Report on the lunatic asylums under the Government of Bombay - 1904-1913
Year: 1904
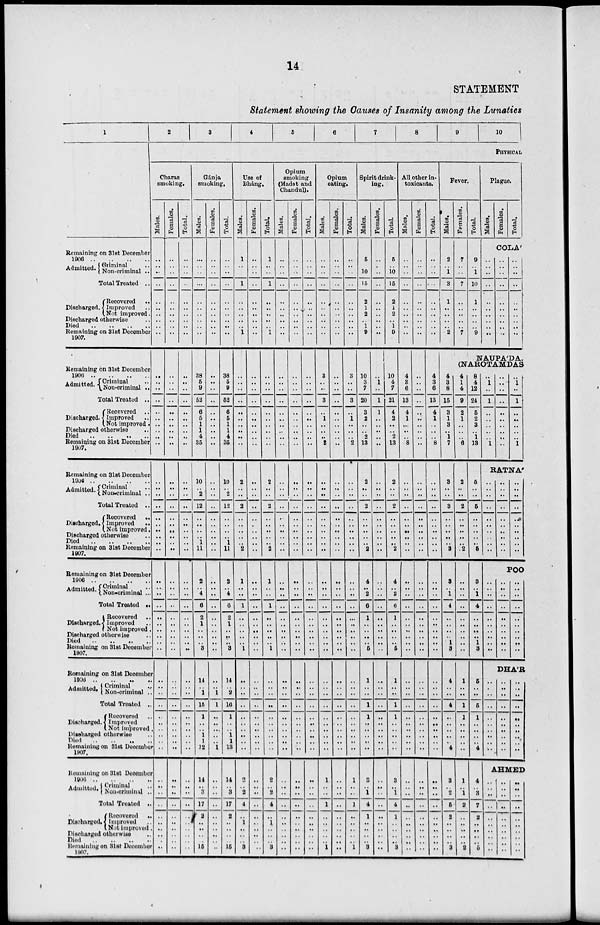
14
STATEMENT
Statement showing the Causes of Insanity among the Lunatics
1
Remaining on 31st December
1906
..
..
..
..
Admitted. Criminal ..
Non-criminal ..
Total Treated ..
Discharged.
Recovered ..
Improved ..
Not improved.
Discharged otherwise ..
Died
..
..
..
..
Remaining on 31st December
1907.
Remaining on 31st December
1906
..
..
..
..
Admitted. Criminal ..
Non-criminal ..
Total Treated ..
Discharged.
Recovered ..
Improved ..
Not improved.
Discharged otherwise ..
Died .. .. .. ..
Remaining on 31st December
1907.
Remaining on 31st December
1906
..
..
..
..
Admitted. Criminal ..
Non-criminal ..
Total Treated ..
Discharged.
Recovered ..
Improved ..
Not improved.
Discharged otherwise ..
Died .. .. .. ..
Remaining on 31st December
1907.
Remaining on 31st December
Admitted. Criminal ..
Non-criminal ...
Total Treated ..
Discharged.
Recovered ..
Improved ..
Not Improved.
Discharged otherwise ..
Died .. .. .. ..
Remaining on 31st December
1907.
Remaining on 31st December
Admitted. Criminal
..
Non-criminal ..
Total Treated ..
Discharged.
Recovered ..
Improved
Not improved
Discharged otherwise ..
Died .. .. .. ..
Remaining on 31st December
1907.
Remaining on 31st December
1906
..
..
..
..
Admitted. Criminal ..
Non-criininal ..
Total Treated ..
Discharged.
Recovered ..
Improved ..
Not improved ..
Discharged otherwise ..
Died .. .. .. ..
Remaining on 31st December
1907.
2
3
4
5
6
7
8
9
10
PHYSICAL
Charas
smoking.
Males.
..
..
..
..
..
..
..
..
..
..
..
..
..
..
..
..
..
..
..
..
..
..
..
..
..
..
..
..
..
..
..
..
..
..
..
..
..
..
..
..
..
..
..
..
..
..
..
..
..
..
..
..
..
..
..
..
..
..
..
..
Females.
..
..
..
..
..
..
..
..
..
..
..
..
..
..
..
..
..
..
..
..
..
..
..
..
..
..
..
..
..
..
..
..
..
..
..
..
..
..
..
..
..
..
..
..
..
..
..
..
..
..
..
..
..
..
..
..
..
..
..
..
Total.
..
..
..
..
..
..
..
..
..
..
..
..
..
..
..
..
..
..
..
..
..
..
..
..
..
..
..
..
..
..
..
..
..
..
..
..
..
..
..
..
..
..
..
..
..
..
..
..
..
..
..
..
..
..
..
..
..
..
..
..
Gánja
smoking.
Males.
..
..
..
..
..
..
..
..
..
..
38
5
9
52
6
5
1
1
4
35
10
..
2
12
..
..
..
..
1
11
2
..
4
6
2
1
..
..
..
3
14
..
1
15
1
..
..
1
1
12
14
..
3
17
2
..
..
..
..
15
Females.
..
..
..
..
..
..
..
..
..
..
..
..
..
..
..
..
..
..
..
..
..
..
..
..
..
..
..
..
..
..
..
..
..
..
..
..
..
..
..
..
..
..
1
1
..
..
..
..
..
1
..
..
..
..
..
..
..
..
..
..
Total.
..
..
..
..
..
..
..
..
..
..
38
5
9
52
6
5
1
1
4
35
10
..
2
12
..
..
..
..
1
11
2
..
4
6
2
1
..
..
..
3
14
..
2
16
1
..
..
1
1
13
14
..
3
17
2
..
..
..
..
15
Use of
Bháng.
Males.
1
..
..
1
..
..
..
..
..
1
..
..
..
..
..
..
..
..
..
..
2
..
..
2
..
..
..
..
..
2
1
..
..
1
..
..
..
..
..
1
..
..
..
..
..
..
..
..
..
..
2
..
2
4
..
1
..
..
..
3
Females.
..
..
..
..
..
..
..
..
..
..
..
..
..
..
..
..
..
..
..
..
..
..
..
..
..
..
..
..
..
..
..
..
..
..
..
..
..
..
..
..
..
..
..
..
..
..
..
..
..
..
..
..
..
..
..
..
..
..
..
..
Total.
1
..
..
1
..
..
..
..
..
1
..
..
..
..
..
..
..
..
..
..
2
..
..
2
..
..
..
..
..
2
1
..
..
1
..
..
..
..
..
1
..
..
..
..
..
..
..
..
..
..
2
..
2
4
..
1
..
..
..
3
Opium
smoking
(Madat and
Chandul).
Males.
..
..
..
..
..
..
..
..
..
..
..
..
..
..
..
..
..
..
..
..
..
..
..
..
..
..
..
..
..
..
..
..
..
..
..
..
..
..
..
..
..
..
..
..
..
..
..
..
..
..
..
..
..
..
..
..
..
..
..
..
Females.
..
..
..
..
..
..
..
..
..
..
..
..
..
..
..
..
..
..
..
..
..
..
..
..
..
..
..
..
..
..
..
..
..
..
..
..
..
..
..
..
..
..
..
..
..
..
..
..
..
..
..
..
..
..
..
..
..
..
..
..
Total.
..
..
..
..
..
..
..
..
..
..
..
..
..
..
..
..
..
..
..
..
..
..
..
..
..
..
..
..
..
..
..
..
..
..
..
..
..
..
..
..
..
..
..
..
..
..
..
..
..
..
..
..
..
..
..
..
..
..
..
..
Opium
eating.
Males.
..
..
..
..
..
..
..
..
..
..
3
..
..
3
..
1
..
..
..
2
..
..
..
..
..
..
..
..
..
..
..
..
..
..
..
..
..
..
..
..
..
..
..
..
..
..
..
..
..
..
1
..
..
1
..
..
..
..
..
1
Females.
..
..
..
..
..
..
..
..
..
..
..
..
..
..
..
..
..
..
..
..
..
..
..
..
..
..
..
..
..
..
..
..
..
..
..
..
..
..
..
..
..
..
..
..
..
..
..
..
..
..
..
..
..
..
..
..
..
..
..
..
Total.
..
..
..
..
..
..
..
..
..
..
3
..
..
3
..
1
..
..
..
2
..
..
..
..
..
..
..
..
..
..
..
..
..
..
..
..
..
..
..
..
..
..
..
..
..
..
..
..
..
..
1
..
..
1
..
..
..
..
..
1
Spirit drink-
ing.
Males.
5
..
10
15
2
1
2
..
1
9
10
3
7
20
3
2
..
..
2
13
2
..
..
2
..
..
..
..
..
2
4
..
2
6
1
..
..
..
..
5
1
..
..
1
1
..
..
..
..
..
3
..
1
4
1
..
..
..
..
3
Females.
..
..
..
..
..
..
..
..
..
..
..
1
..
1
1
..
..
..
..
..
..
..
..
..
..
..
..
..
..
..
..
..
..
..
..
..
..
..
..
..
..
..
..
..
..
..
..
..
..
..
..
..
..
..
..
..
..
..
..
..
Total.
5
..
10
15
2
1
2
..
1
9
10
4
7
21
4
2
..
..
2
13
2
..
..
2
..
..
..
..
..
2
4
..
2
6
1
..
..
..
..
5
1
..
..
1
1
..
..
..
..
..
3
..
1
4
1
..
..
..
..
3
All other in-
toxicants.
Males.
..
..
..
..
..
..
..
..
..
..
4
3
6
13
4
1
..
..
..
8
..
..
..
..
..
..
..
..
..
..
..
..
..
..
..
..
..
..
..
..
..
..
..
..
..
..
..
..
..
..
..
..
..
..
..
..
..
..
..
..
Females.
..
..
..
..
..
..
..
..
..
..
..
..
..
..
..
..
..
..
..
..
..
..
..
..
..
..
..
..
..
..
..
..
..
..
..
..
..
..
..
..
..
..
..
..
..
..
..
..
..
..
..
..
..
..
..
..
..
..
..
..
Total.
..
..
..
..
..
..
..
..
..
..
4
3
6
13
4
1
..
..
..
8
..
..
..
..
..
..
..
..
..
..
..
..
..
..
..
..
..
..
..
..
..
..
..
..
..
..
..
..
..
..
..
..
..
..
..
..
..
..
..
..
Fever.
Males.
2
..
1
3
1
..
..
..
..
2
4
3
8
15
3
1
3
..
1
7
3
..
..
3
..
..
..
..
..
3
3
..
1
4
..
..
..
..
1
3
4
..
..
4
..
..
..
..
..
4
3
..
2
5
2
..
..
..
..
3
Females.
7
..
..
7
..
..
..
..
..
7
Total.
9
..
1
10
1
..
..
..
..
9
Plague.
Males.
Females.
Total.
COLA'
..
..
..
..
..
..
..
..
..
..
..
..
..
..
..
..
..
..
..
..
..
..
..
..
..
..
..
..
..
..
NAUPÁDA.
(NAROTAMDAS
4
1
4
9
2
1
..
..
..
6
2
..
..
2
..
..
..
..
..
2
..
..
..
..
..
..
..
..
..
..
1
..
..
1
1
..
..
..
..
..
1
..
1
2
..
..
..
..
..
2
8
4
12
24
5
2
3
..
1
13
5
..
..
5
..
..
..
..
..
5
3
..
1
4
..
..
..
..
1
3
5
..
..
5
1
..
..
..
..
4
4
..
3
7
2
..
..
..
..
5
..
1
..
1
..
..
..
..
..
1
..
..
..
..
..
..
..
..
..
..
..
1
..
1
..
..
..
..
..
1
RATNÁ
..
..
..
..
..
..
..
..
..
..
..
..
..
..
..
..
..
..
..
..
..
..
..
..
..
..
..
..
..
..
..
..
..
..
..
..
..
..
..
..
..
..
..
..
..
..
..
..
..
..
POO
..
..
..
..
..
..
..
..
..
..
..
..
..
..
..
..
..
..
..
..
DHÁR
..
..
..
..
..
..
..
..
..
..
..
..
..
..
..
..
..
..
..
..
AHMED
..
..
..
..
..
..
..
..
..
..
..
..
..
..
..
..
..
..
..
..
..
..
..
..
..
..
..
..
..
..